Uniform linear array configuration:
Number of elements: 24
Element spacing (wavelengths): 0.5
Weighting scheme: exponential
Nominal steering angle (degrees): -45
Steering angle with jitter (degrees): -46.646
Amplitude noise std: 0.05
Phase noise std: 0.05

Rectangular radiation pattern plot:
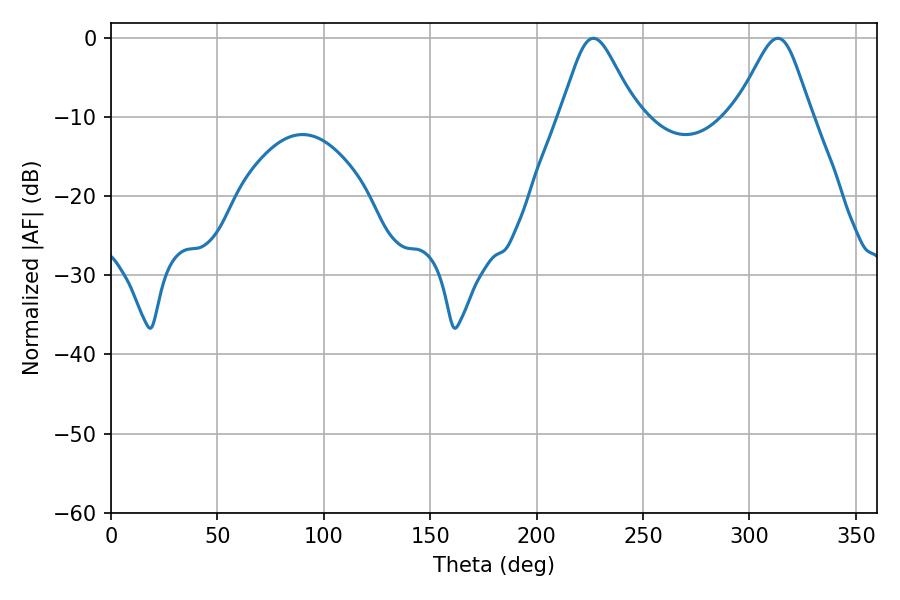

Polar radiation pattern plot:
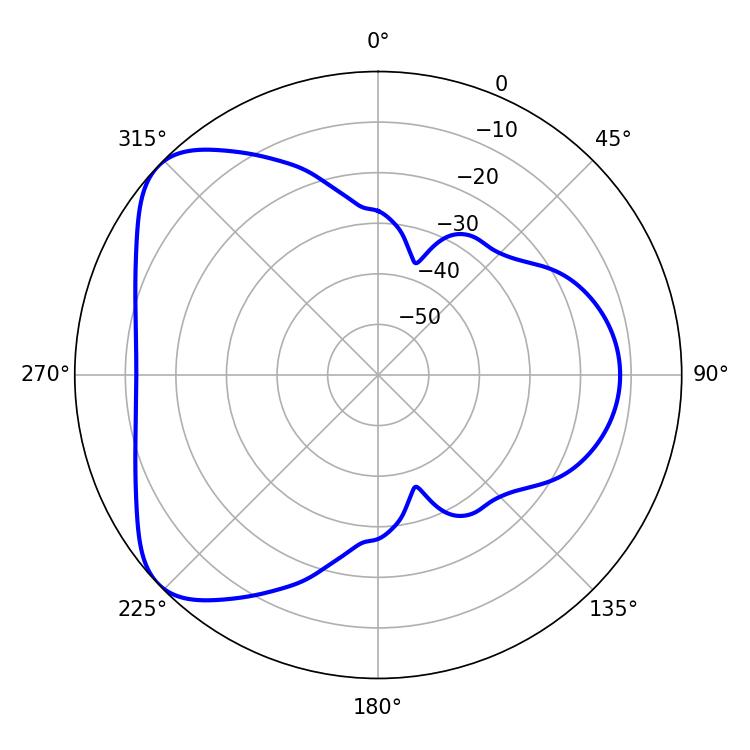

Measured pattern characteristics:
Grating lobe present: FALSE
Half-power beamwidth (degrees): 17.28
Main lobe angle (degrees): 226.62